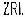
ZRL